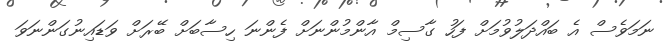
ނަމަވެސް އެ ބައްދަލުވުމަށް ފަހު ގާސިމް އާންމުންނަށް ފެންނަ ހިސާބަށް ބޭރަށް ވަޑައިނުގަންނަވަ